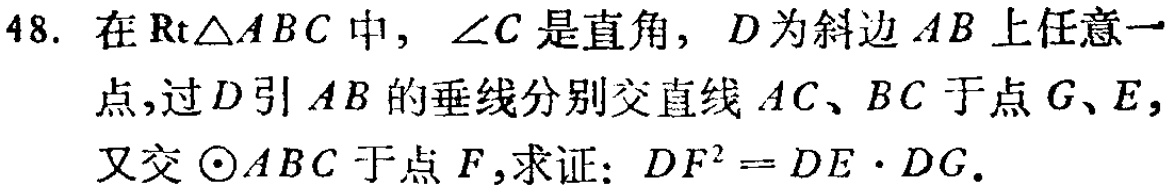
48. 在$\text{Rt}\triangle ABC$中，$\angle C$是直角，$D$为斜边$AB$上任意一点，过$D$引$AB$的垂线分别交直线$AC$、$BC$于点$G$、$E$，又交$\odot ABC$于点$F$，求证：$DF^{2}=DE\cdot DG$.